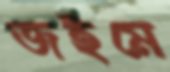
জইমে